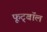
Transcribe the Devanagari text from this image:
फूट्बॉल